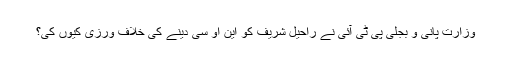
وزارت پانی و بجلی پی ٹی آئی نے راحیل شریف کو این او سی دینے کی خلاف ورزی کیوں کی؟